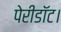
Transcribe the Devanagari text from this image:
पेरीडॉट।